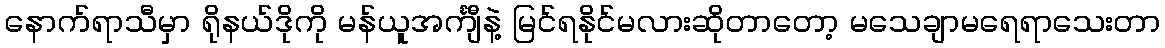
နောက်ရာသီမှာ ရိုနယ်ဒိုကို မန်ယူအင်္ကျီနဲ့ မြင်ရနိုင်မလားဆိုတာတော့ မသေချာမရေရာသေးတာ